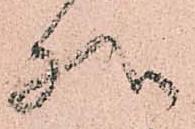
様